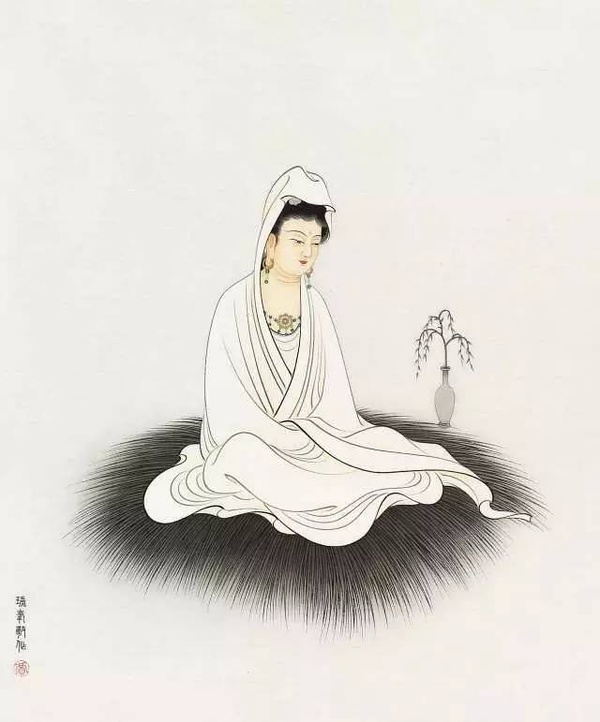
悲霜雪之俱下兮，听潮水之相击。